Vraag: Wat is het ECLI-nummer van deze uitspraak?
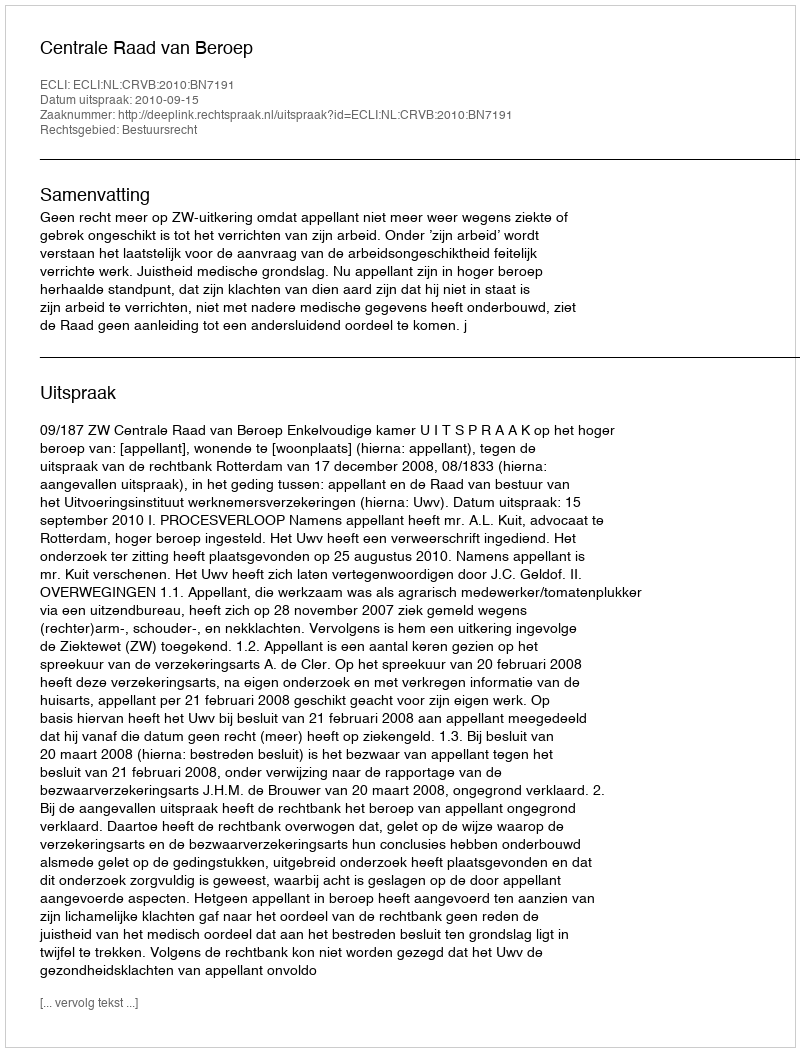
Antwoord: ECLI:NL:CRVB:2010:BN7191